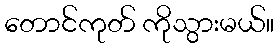
တောင်ကုတ် ကိုသွားမယ်။